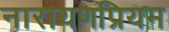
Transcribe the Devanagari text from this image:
नारायणप्रियम